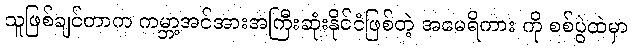
သူဖြစ်ချင်တာက ကမ္ဘာ့အင်အားအကြီးဆုံးနိုင်ငံဖြစ်တဲ့ အမေရိကား ကို စစ်ပွဲထဲမှာ